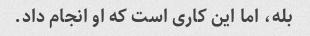
بله، اما این کاری است که او انجام داد.